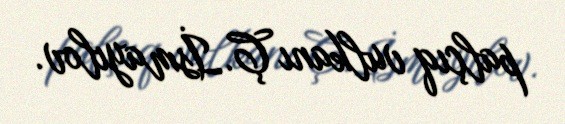
palçıq vulkanı Ç.İsmayılov.